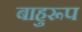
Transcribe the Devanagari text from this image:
बाहुरूप